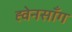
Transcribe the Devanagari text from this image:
ह्वेनसाँग